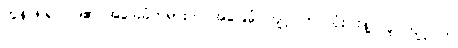
ကွန်ဖြူရှပ်ဝါဒ၏ အခြေခံတရားက အခြေခံ ကျင့်ဝတ် သုံးပါးနဲ့ လူ ကျင့်ဝတ်